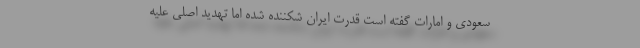
سعودی و امارات گفته است قدرت ایران شکننده شده اما تهدید اصلی علیه